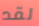
لقد